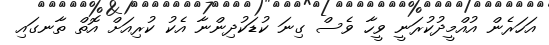
އަހަރެން އުއްމީދުކުރަނީ ވީހާ ވެސް ގިނަ ކުޑަކުދިންނާ އެކު ކުރިއަށް އޮތް ތާނގައި